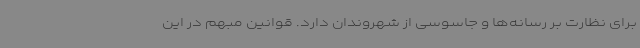
برای نظارت بر رسانه‌ها و جاسوسی از شهروندان دارد. قوانین مبهم در این